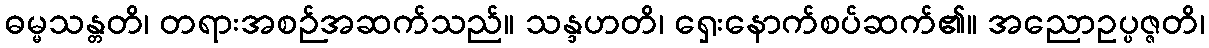
ဓမ္မသန္တတိ၊ တရားအစဉ်အဆက်သည်။ သန္ဒဟတိ၊ ရှေးနောက်စပ်ဆက်၏။ အညောဥပ္ပဇ္ဇတိ၊